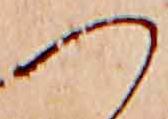
つ